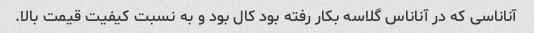
آناناسی که در آناناس گلاسه بکار رفته بود کال بود و به نسبت کیفیت قیمت بالا.